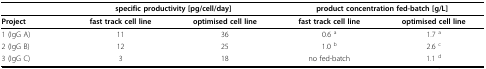
<table><thead><tr><td></td><td colspan="2"><b>specific productivity [pg/cell/day]</b></td><td colspan="2"><b>product concentration fed-batch [g/L]</b></td></tr></thead><tbody><tr><td><b>Project</b></td><td><b>fast track cell line</b></td><td><b>optimised cell line</b></td><td><b>fast track cell line</b></td><td><b>optimised cell line</b></td></tr><tr><td>1 (IgG A)</td><td>11</td><td>36</td><td>0.6 <sup>a</sup></td><td>1.7 <sup>a</sup></td></tr><tr><td>2 (IgG B)</td><td>12</td><td>25</td><td>1.0 <sup>b</sup></td><td>2.6 <sup>c</sup></td></tr><tr><td>3 (IgG C)</td><td>3</td><td>18</td><td>no fed-batch</td><td>1.1 <sup>d</sup></td></tr></tbody></table>